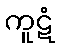
ကူဋံ